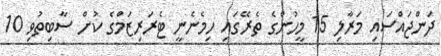
ދަންޖައްސައި މަރާލި 15 މީހުންގެ ތެރޭގައި ހިމެނެނީ ޓެރަރިޒަމްގެ ކުށް ސާބިތުވި 10